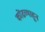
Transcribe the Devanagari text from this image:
कोंढव्याहून